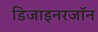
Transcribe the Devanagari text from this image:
डिजाइनरजॉन